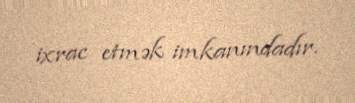
ixrac etmək imkanındadır.